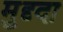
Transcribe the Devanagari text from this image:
मुद्द्दा